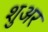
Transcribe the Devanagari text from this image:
शुअर